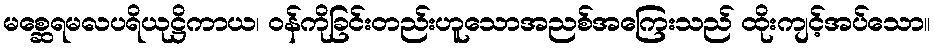
မစ္ဆေရမလပရိယုဋ္ဌိကာယ၊ ဝန်ကိုခြင်းတည်းဟူသောအညစ်အကြေးသည် ထိုးကျင့်အပ်သော။